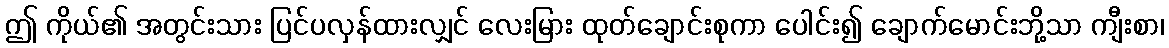
ဤ ကိုယ်၏ အတွင်းသား ပြင်ပလှန်ထားလျှင် လေးမြား ထုတ်ချောင်းစုကာ ပေါင်း၍ ချောက်မောင်းဘို့သာ ကျီးစာ၊